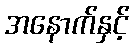
အနောက်နှင့်